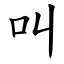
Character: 叫